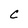
Character: C